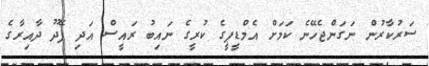
ސަރުކާރުން ނަގަންޖެހޭނެ ކަމަށް އެމްޑީޕީގެ ކުރީގެ ނައިބު ރައީސް އަދި ފޭދޫ ދާއިރާގެ